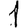
Digit: 1